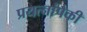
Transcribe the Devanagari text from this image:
प्रयत्नांपैकी